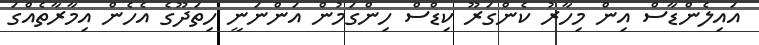
އައިލެންޑާސް އިން މިހާރު ކެންގަރޫ ކިޑްސް ހިންގަމުން އަންނަނީ ހިތަދޫގެ އެހެން އިމާރާތެއްގަ